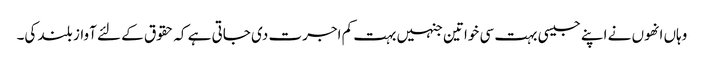
وہاں انھوں نے اپنے جیسی بہت سی خواتین جنہیں بہت کم اجرت دی جاتی ہے کہ حقوق کے لئے آواز بلند کی۔